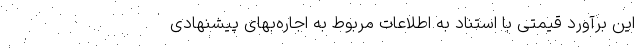
این برآورد قیمتی با استناد به اطلاعات مربوط به اجاره‌‌بهای پیشنهادی